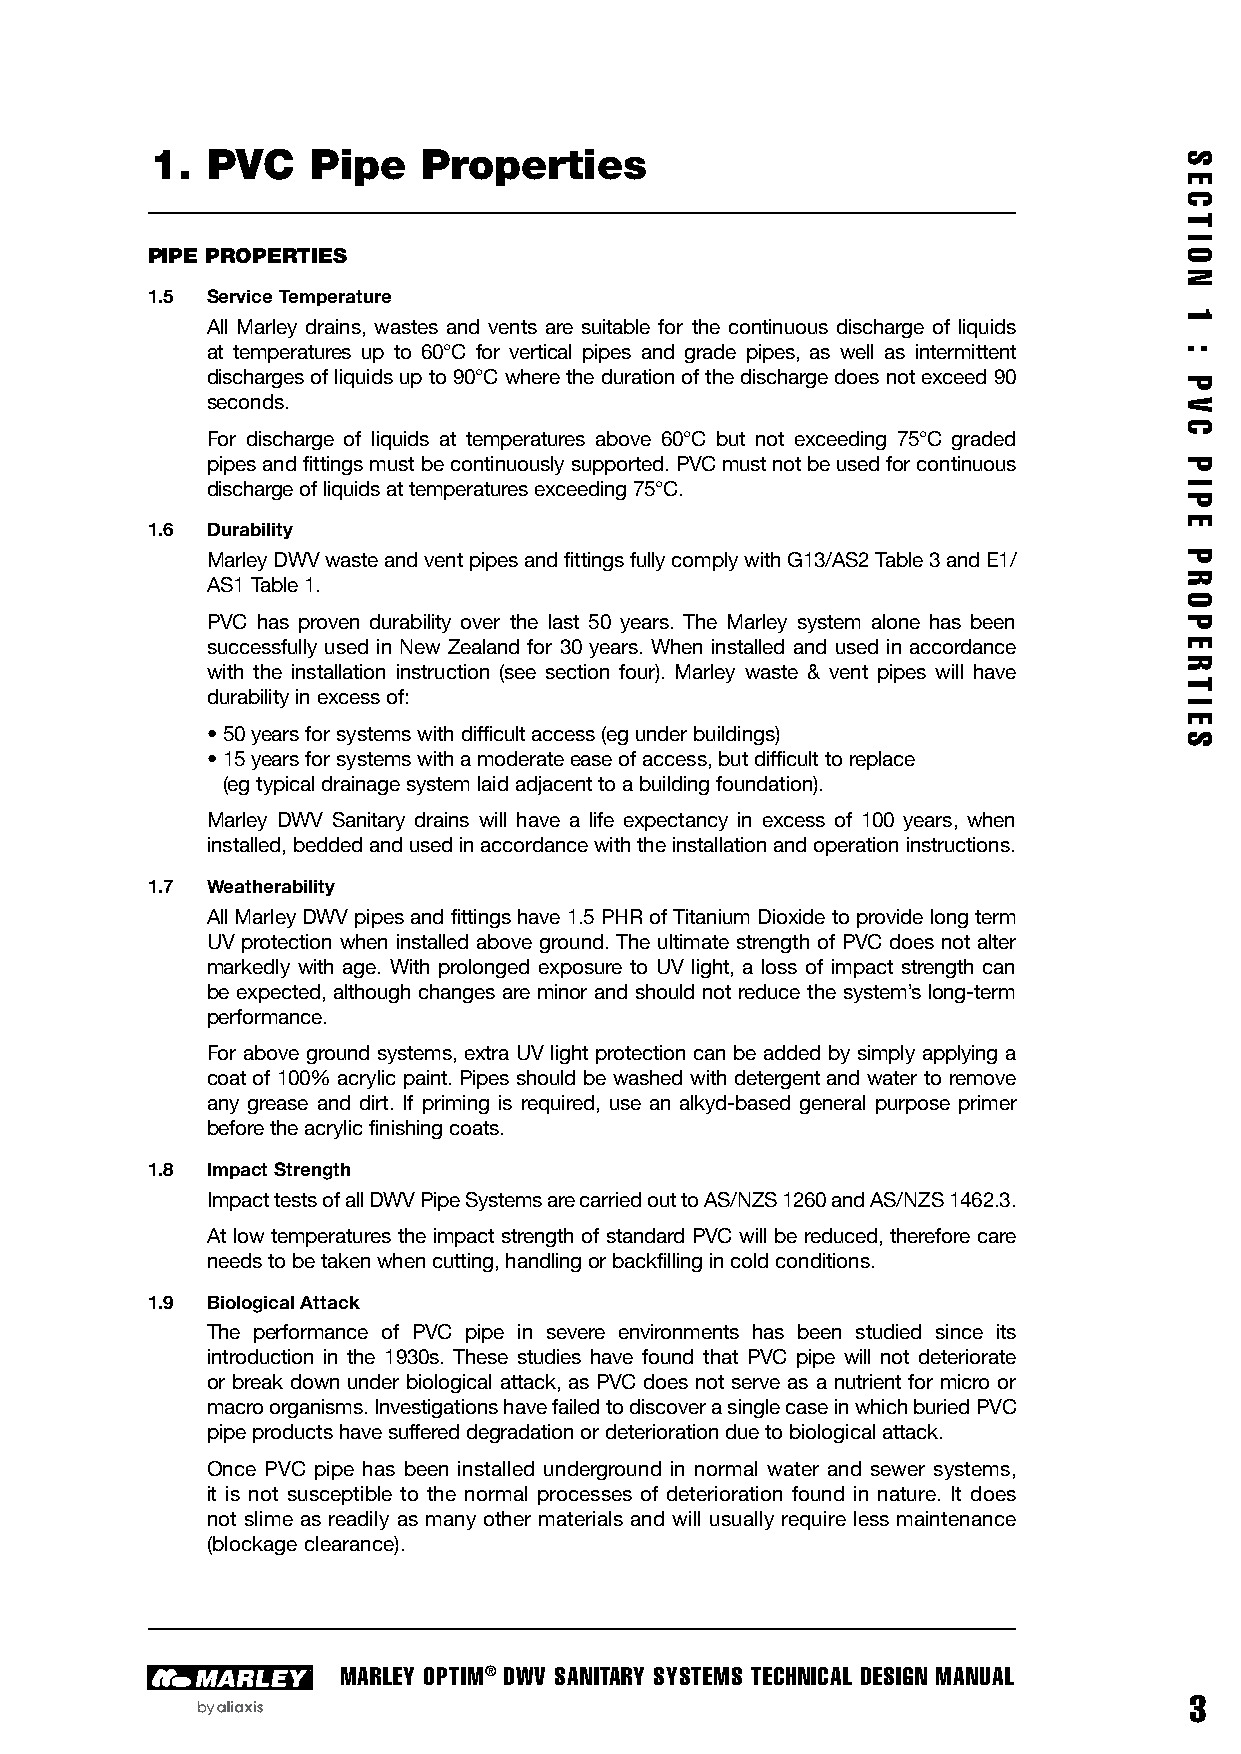
1.  PVC    Pipe   Properties
 PIPE PROPERTIES
 1.5 Service Temperature
 All Marley drains, wastes and vents are suitable for the continuous discharge of liquids
 at temperatures up to 60°C for vertical pipes and grade pipes, as well as intermittent
 discharges of liquids up to 90°C where the duration of the discharge does not exceed 90
 seconds.
 For discharge of liquids at temperatures above 60°C but not exceeding 75°C graded
 pipes and fittings must be continuously supported. PVC must not be used for continuous
 discharge of liquids at temperatures exceeding 75°C.
 1.6 Durability
 Marley DWV waste and vent pipes and fittings fully comply with G13/AS2 Table 3 and E1/
 AS1 Table 1.
 PVC has proven durability over the last 50 years. The Marley system alone has been
 successfully used in New Zealand for 30 years. When installed and used in accordance
 with the installation instruction (see section four). Marley waste & vent pipes will have
 durability in excess of:
 • 50 years for systems with difficult access (eg under buildings)
 • 15 years for systems with a moderate ease of access, but difficult to replace
 (eg typical drainage system laid adjacent to a building foundation).
 Marley DWV Sanitary drains will have a life expectancy in excess of 100 years, when
 installed, bedded and used in accordance with the installation and operation instructions.
 1.7 Weatherability
 All Marley DWV pipes and fittings have 1.5 PHR of Titanium Dioxide to provide long term
 UV protection when installed above ground. The ultimate strength of PVC does not alter
 markedly with age. With prolonged exposure to UV light, a loss of impact strength can
 be expected, although changes are minor and should not reduce the system’s long-term
 performance.
 For above ground systems, extra UV light protection can be added by simply applying a
 coat of 100% acrylic paint. Pipes should be washed with detergent and water to remove
 any grease and dirt. If priming is required, use an alkyd-based general purpose primer
 before the acrylic finishing coats.
 1.8 Impact Strength
 Impact tests of all DWV Pipe Systems are carried out to AS/NZS 1260 and AS/NZS 1462.3.
 At low temperatures the impact strength of standard PVC will be reduced, therefore care
 needs to be taken when cutting, handling or backfilling in cold conditions.
 1.9 Biological Attack
 The performance of PVC pipe in severe environments has been studied since its
 introduction in the 1930s. These studies have found that PVC pipe will not deteriorate
 or break down under biological attack, as PVC does not serve as a nutrient for micro or
 macro organisms. Investigations have failed to discover a single case in which buried PVC
 pipe products have suffered degradation or deterioration due to biological attack.
 Once PVC pipe has been installed underground in normal water and sewer systems,
 it is not susceptible to the normal processes of deterioration found in nature. It does
 not slime as readily as many other materials and will usually require less maintenance
 (blockage clearance).
 MARLEY OPTIM® DWV SANITARY SYSTEMS TECHNICAL DESIGN MANUAL
 3
 S
 E
 C
 T
 I
 O
 N
 1
 :
 P
 V
 C
 P
 I
 P
 E
 P
 R
 O
 P
 E
 RT
 I
 E
 S